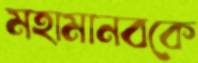
মহামানবকে